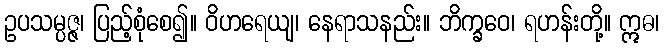
ဥပသမ္ပဇ္ဇ၊ ပြည့်စုံစေ၍။ ဝိဟရေယျ၊ နေရာသနည်း။ ဘိက္ခဝေ၊ ရဟန်းတို့။ ဣဓ၊